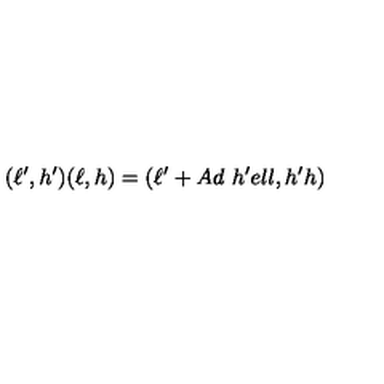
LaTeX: ( \ell ^ { \prime } , h ^ { \prime } ) ( \ell , h ) = ( \ell ^ { \prime } + A d \ h ^ { \prime } e l l , h ^ { \prime } h )